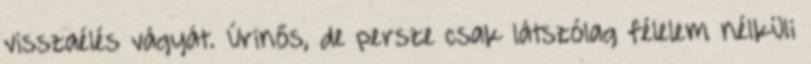
visszaélés vágyát. Úrinős, de persze csak látszólag félelem nélküli